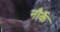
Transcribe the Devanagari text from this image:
नौर्के